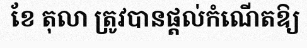
ខែ តុលា ត្រូវបានផ្តល់កំណើតឱ្យ